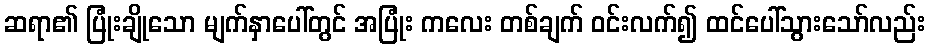
ဆရာ၏ ပြုံးချိုသော မျက်နှာပေါ်တွင် အပြုံး ကလေး တစ်ချက် ဝင်းလက်၍ ထင်ပေါ်သွားသော်လည်း